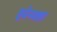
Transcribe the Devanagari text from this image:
हुसेनशहा